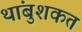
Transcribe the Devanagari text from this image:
थांबुशकत